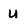
Character: u